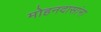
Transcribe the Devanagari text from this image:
मोहनदासांना